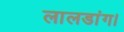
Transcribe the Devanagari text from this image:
लालडांग।